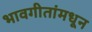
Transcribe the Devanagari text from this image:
भावगीतांमधून